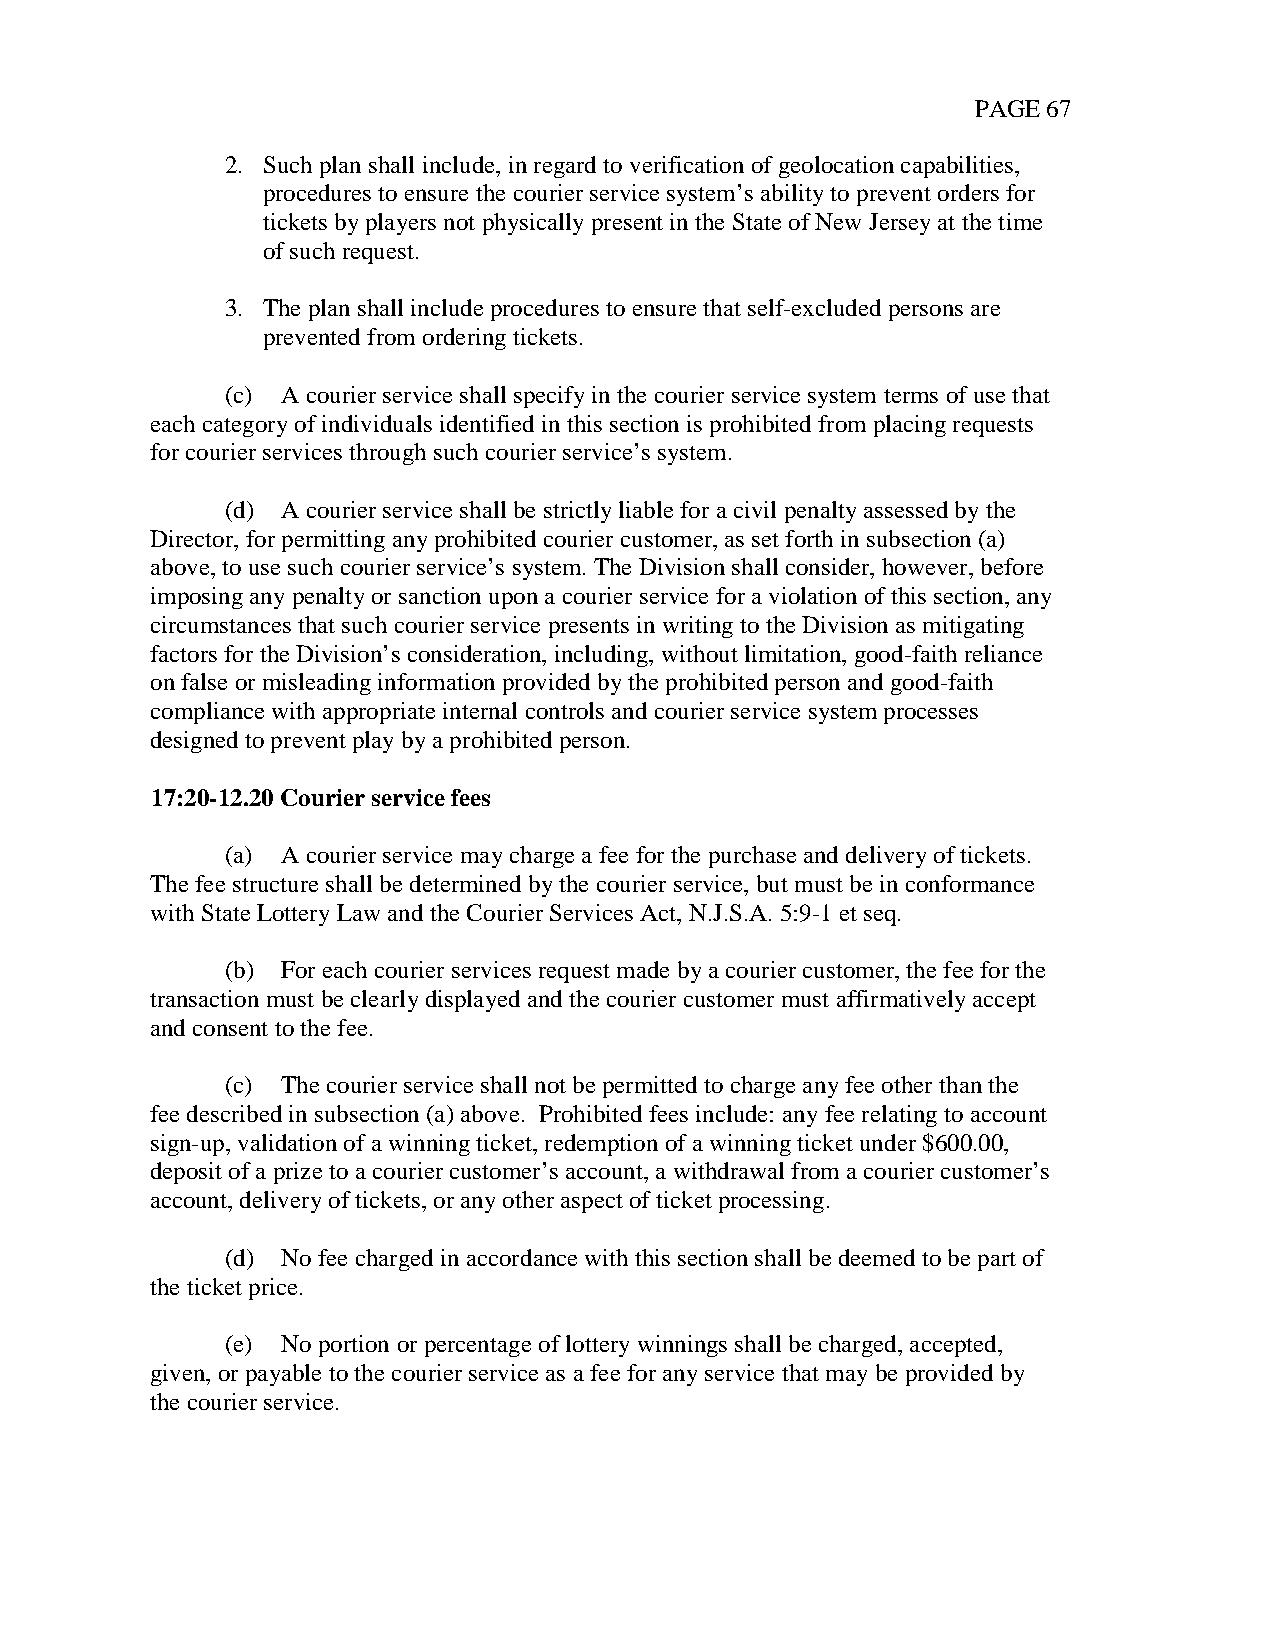
PAGE 67
 2. Such plan shall include, in regard to verification of geolocation capabilities,
 procedures to ensure the courier service system’s ability to prevent orders for
 tickets by players not physically present in the State of New Jersey at the time
 of such request.
 3. The plan shall include procedures to ensure that self-excluded persons are
 prevented from ordering tickets.
 (c) A courier service shall specify in the courier service system terms of use that
 each category of individuals identified in this section is prohibited from placing requests
 for courier services through such courier service’s system.
 (d) A courier service shall be strictly liable for a civil penalty assessed by the
 Director, for permitting any prohibited courier customer, as set forth in subsection (a)
 above, to use such courier service’s system. The Division shall consider, however, before
 imposing any penalty or sanction upon a courier service for a violation of this section, any
 circumstances that such courier service presents in writing to the Division as mitigating
 factors for the Division’s consideration, including, without limitation, good-faith reliance
 on false or misleading information provided by the prohibited person and good-faith
 compliance with appropriate internal controls and courier service system processes
 designed to prevent play by a prohibited person.
 17:20-12.20 Courier service fees
 (a) A courier service may charge a fee for the purchase and delivery of tickets.
 The fee structure shall be determined by the courier service, but must be in conformance
 with State Lottery Law and the Courier Services Act, N.J.S.A. 5:9-1 et seq.
 (b) For each courier services request made by a courier customer, the fee for the
 transaction must be clearly displayed and the courier customer must affirmatively accept
 and consent to the fee.
 (c) The courier service shall not be permitted to charge any fee other than the
 fee described in subsection (a) above. Prohibited fees include: any fee relating to account
 sign-up, validation of a winning ticket, redemption of a winning ticket under $600.00,
 deposit of a prize to a courier customer’s account, a withdrawal from a courier customer’s
 account, delivery of tickets, or any other aspect of ticket processing.
 (d) No fee charged in accordance with this section shall be deemed to be part of
 the ticket price.
 (e) No portion or percentage of lottery winnings shall be charged, accepted,
 given, or payable to the courier service as a fee for any service that may be provided by
 the courier service.